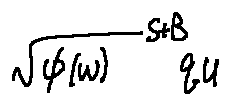
\sqrt { \phi ( w ) } ^ { s + B } q _ { u }